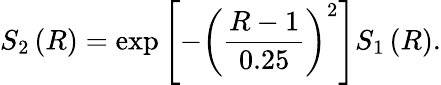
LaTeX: S_{2}\left(R\right)=\exp\left[-\left(\frac{R-1}{0.25}\right)^{2}\right]S_{1}\left(R\right).